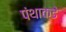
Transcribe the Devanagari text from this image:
पंथाकडे